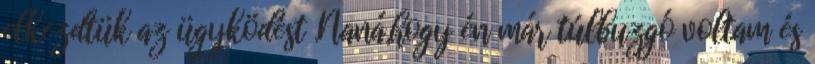
elkezdtük az ügyködést .Naná,hogy én már túlbuzgó voltam és